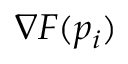
\nabla F ( p _ { i } )